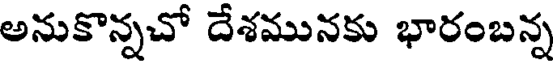
అనుకొన్నచో దేశమునకు భారంబన్న